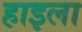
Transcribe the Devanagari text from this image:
हाइला